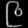
Digit: ၉